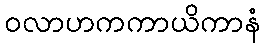
ဝလာဟကကာယိကာနံ